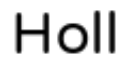
Holl